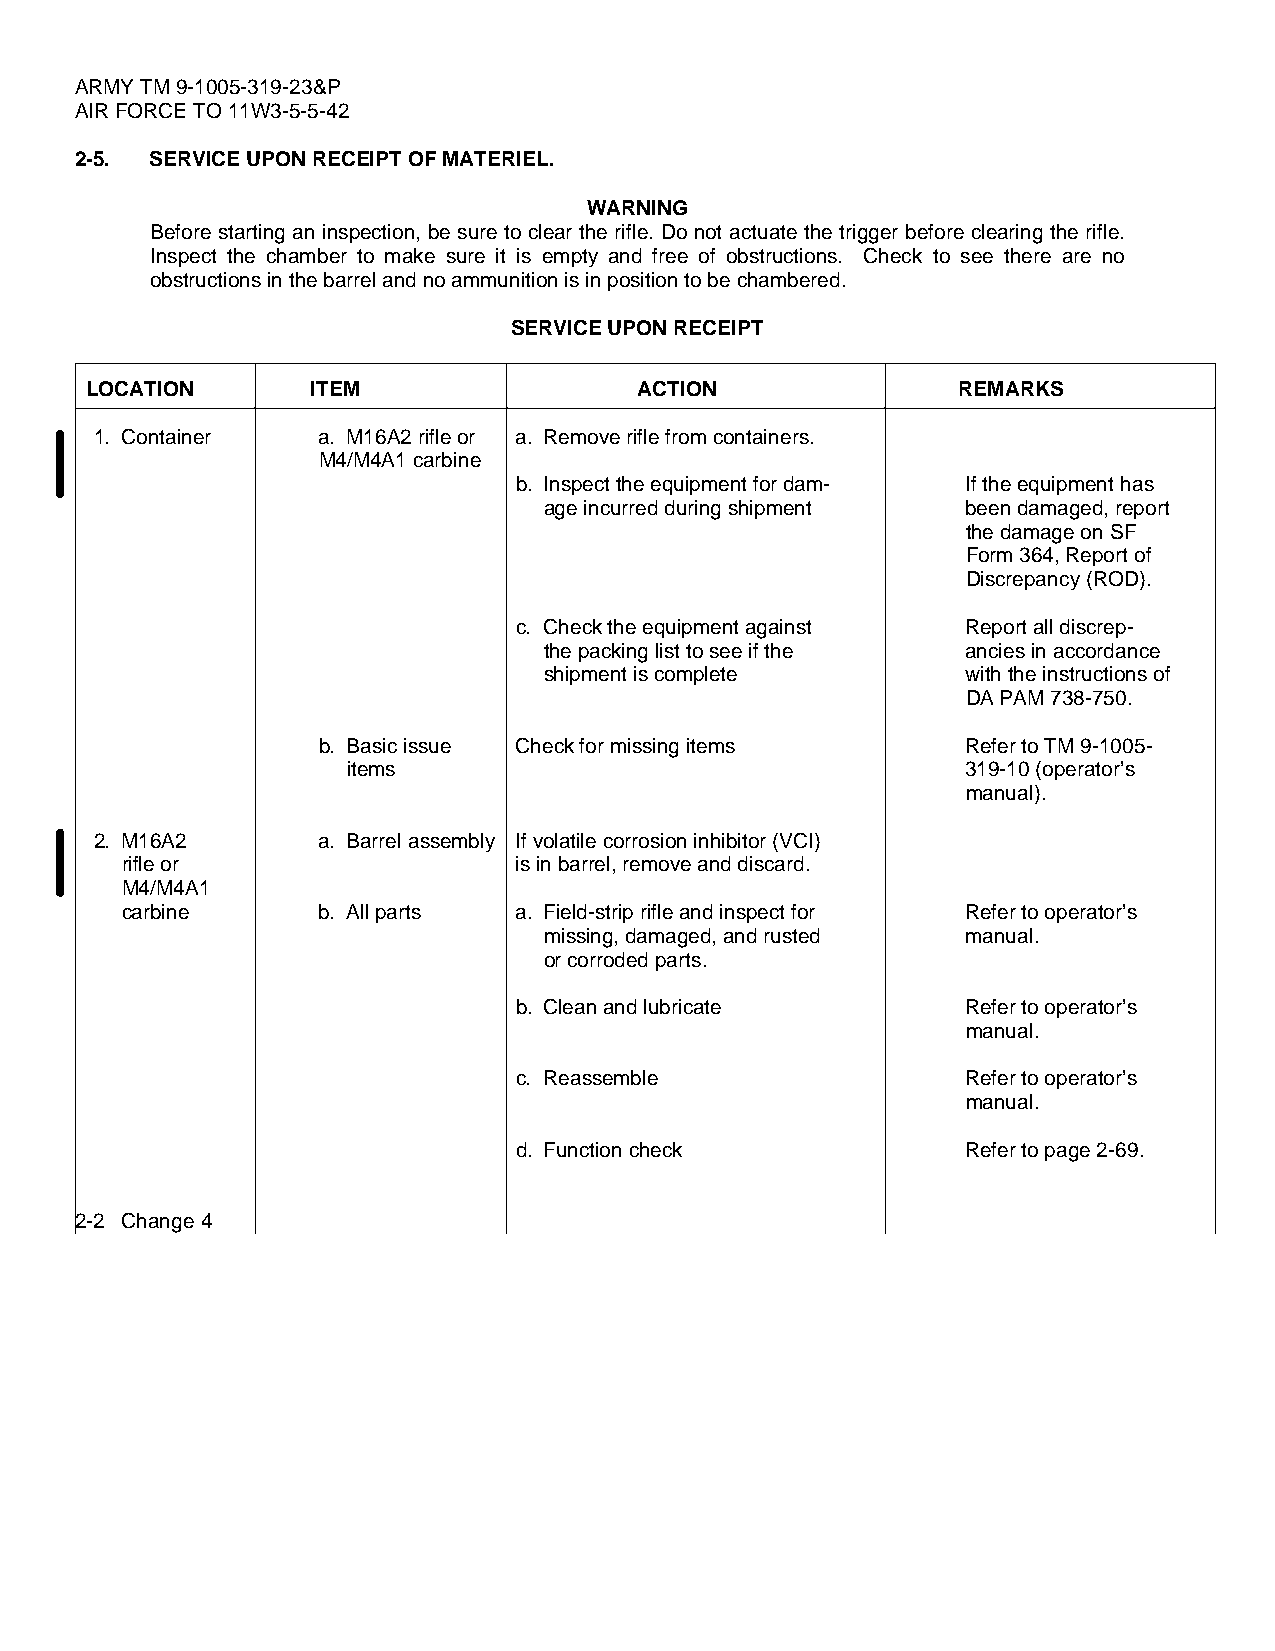
ARMY TM 9-1005-319-23&P
 AIR FORCE TO 11W3-5-5-42
 2-5. SERVICE UPON RECEIPT OF MATERIEL.
 WARNING
 Before starting an inspection, be sure to clear the rifle. Do not actuate the trigger before clearing the rifle.
 Inspect the chamber to make sure it is empty and free of obstructions. Check to see there are no
 obstructions in the barrel and no ammunition is in position to be chambered.
 SERVICE UPON RECEIPT
 LOCATION       ITEM                 ACTION               REMARKS
 1. Container   a. M16A2 rifle or a. Remove rifle from containers.
 M4/M4A1 carbine
 b. Inspect the equipment for dam- If the equipment has
 age incurred during shipment been damaged, report
 the damage on SF
 Form 364, Report of
 Discrepancy (ROD).
 c. Check the equipment against Report all discrep-
 the packing list to see if the ancies in accordance
 shipment is complete        with the instructions of
 DA PAM 738-750.
 b. Basic issue Check for missing items     Refer to TM 9-1005-
 items                                    319-10 (operator’s
 manual).
 2. M16A2       a. Barrel assembly If volatile corrosion inhibitor (VCI)
 rifle or                  is in barrel, remove and discard.
 M4/M4A1
 carbine      b. All parts a. Field-strip rifle and inspect for Refer to operator’s
 missing, damaged, and rusted manual.
 or corroded parts.
 b. Clean and lubricate        Refer to operator’s
 manual.
 c. Reassemble                 Refer to operator’s
 manual.
 d. Function check             Refer to page 2-69.
 2-2 Change 4